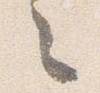
之